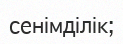
сенімділік;